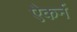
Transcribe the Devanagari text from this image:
ऐकर्न